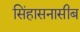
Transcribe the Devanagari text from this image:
सिंहासनासीब